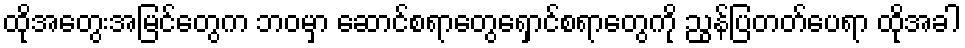
ထိုအတွေးအမြင်တွေက ဘဝမှာ ဆောင်စရာတွေရှောင်စရာတွေကို ညွန်ပြတတ်ပေရာ ထိုအခါ